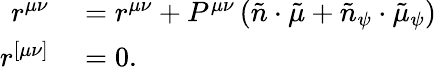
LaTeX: \begin{array}{rl}{r^{\mu\nu}}&{{}=r^{\mu\nu}+P^{\mu\nu}\left(\tilde{n}\cdot\tilde{\mu}+\tilde{n}_{\psi}\cdot\tilde{\mu}_{\psi}\right)}\\ {r^{[\mu\nu]}}&{{}=0.}\end{array}